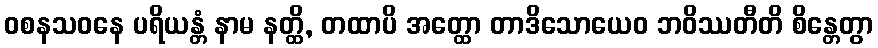
ဝစနသဝနေ ပရိယန္တံ နာမ နတ္ထိ, တထာပိ အတ္ထော တာဒိသောယေဝ ဘဝိဿတီတိ စိန္တေတွာ